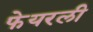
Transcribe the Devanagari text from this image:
फेयरली